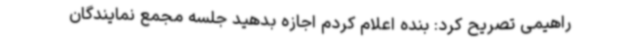
راهیمی تصریح کرد: بنده اعلام کردم اجازه بدهید جلسه مجمع نمایندگان